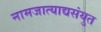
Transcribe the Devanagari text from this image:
नामजात्याद्यसंयुत